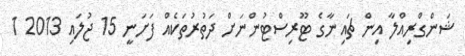
ޝަންގްރިއްލާ އިން ޗައިނާގެ ޓޫރިސްޓުންނަށް ދަތުރުތަކެއް ފަށަނީ 15 ޖުލައި 2013 1